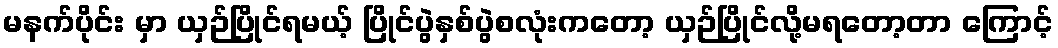
မနက်ပိုင်း မှာ ယှဉ်ပြိုင်ရမယ့် ပြိုင်ပွဲနှစ်ပွဲစလုံးကတော့ ယှဉ်ပြိုင်လို့မရတော့တာ ကြောင့်